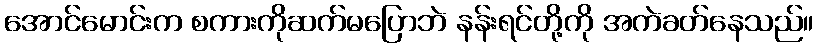
အောင်မောင်းက စကားကိုဆက်မပြောဘဲ နန်းရင်တို့ကို အကဲခတ်နေသည်။